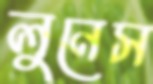
লুনেস